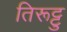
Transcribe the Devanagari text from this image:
तिरूट्टु